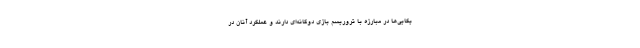
یکایی‌ها در مبارزه با تروریسم بازی دوگانه‌ای دارند و عملکرد آنان در